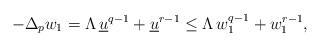
LaTeX: \begin{align*}-\Delta_p w_1=\Lambda\,\underline{u}^{q-1}+\underline{u}^{r-1}\leq \Lambda\,w_1^{q-1}+w_1^{r-1},\end{align*}